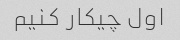
اول چیکار کنیم